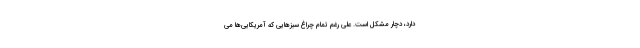
دارد، دچار مشکل است. علی رغم تمام چراغ سبزهایی که آمریکایی‌ها می‌